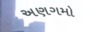
અણગમો